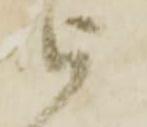
被